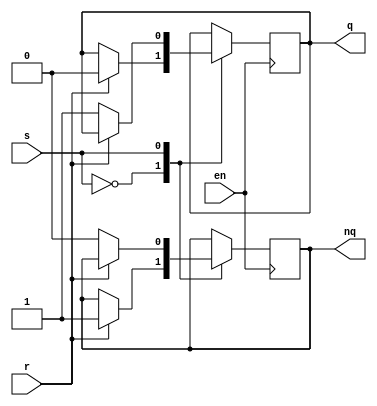
`timescale 1ns / 1ps
//////////////////////////////////////////////////////////////////////////////////
// Company: 
// Engineer: 
// 
// Design Name: 
// Module Name: rs_flipflop
// Project Name: 
// Target Devices: 
// Tool Versions: 
// Description: 
// 
// Dependencies: 
// 
// Revision:
// Revision 0.01 - File Created
// Additional Comments:
// 
//////////////////////////////////////////////////////////////////////////////////
module rsllD(r, s, q, nq, en);
input r, s, en;
output q, nq;
reg q, nq;

always@(posedge en) begin
case(s)
    0: if (r == 0) begin
        q <= q; nq <= nq;
    end
    else begin
        q <= 0; nq <= 1;
    end
    1: if (r == 0) begin
        q <= 1; nq <= 0;
    end
endcase
end
endmodule